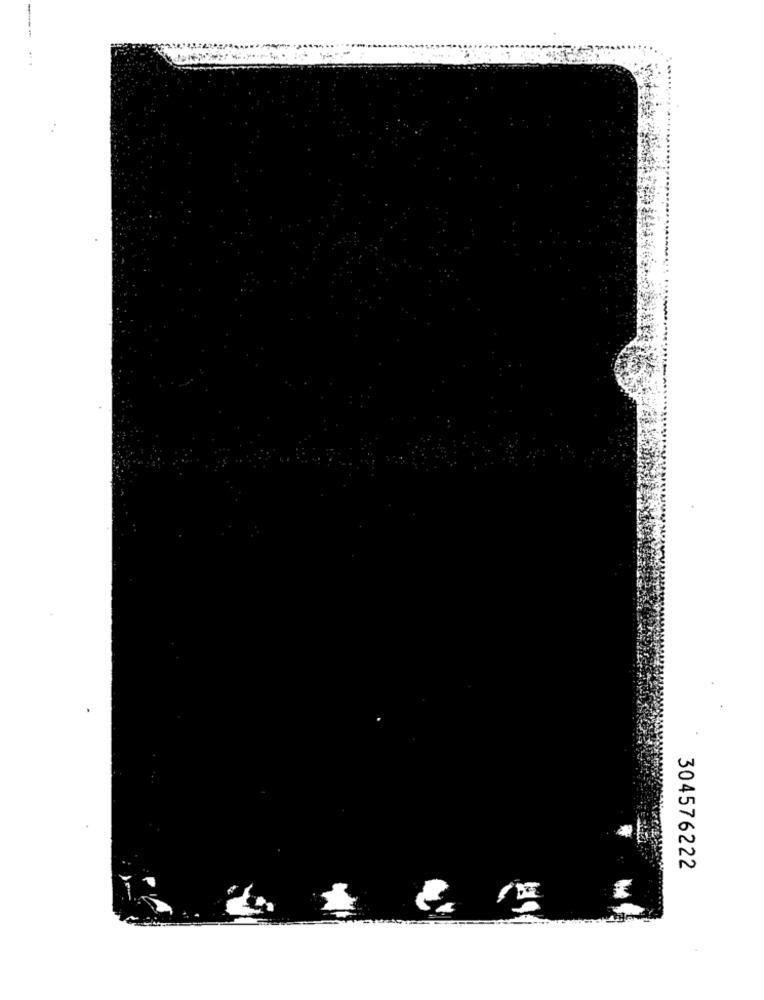
....
304576222